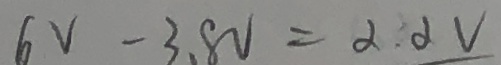
6 V - 3 . 8 V = 2 . 2 V